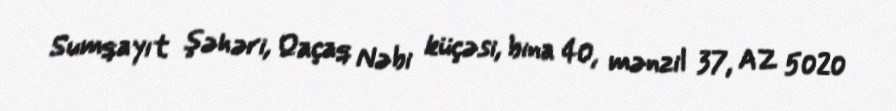
Sumqayıt şəhəri, Qaçaq Nəbi küçəsi, bina 40, mənzil 37, AZ 5020